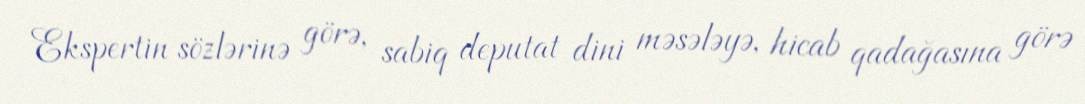
Ekspertin sözlərinə görə, sabiq deputat dini məsələyə, hicab qadağasına görə